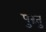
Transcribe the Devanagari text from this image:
पुरंतु